Report on the bubonic plague in Bombay, 1896-1897
Year: 1896
Disease focus: Plague
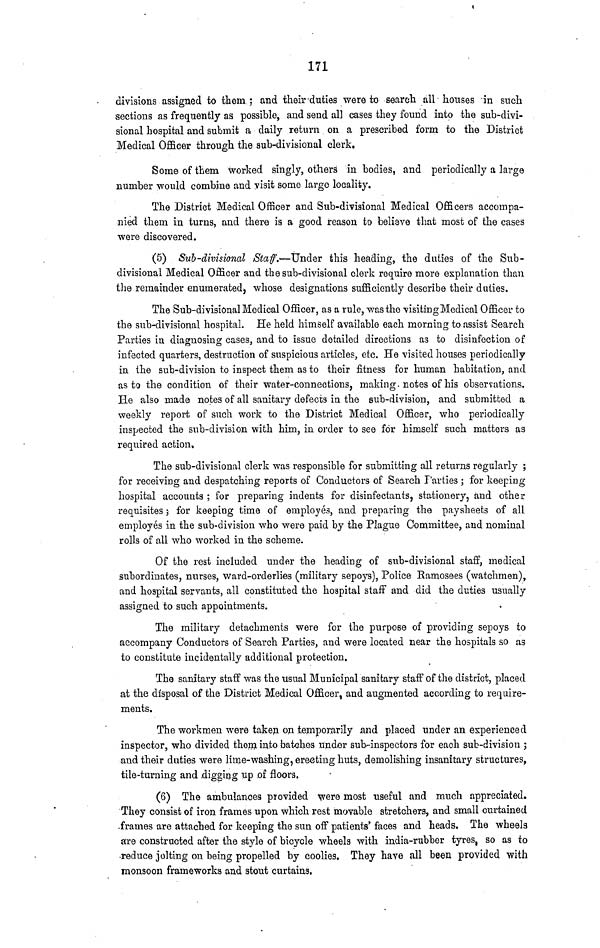
171
divisions assigned to them; and their-duties were to search all-houses in such
sections as frequently as possible, and send all cases they found into the sub-divi-
sional hospital and submit a daily return on a prescribed form to the District
Medical Officer through the sub-divisional clerk.
Some of them worked singly, others in bodies, and periodically a large
number would combine and visit some large locality.
The District Medical Officer and Sub-divisional Medical Officers accompa-
nied them in turns, and there is a good reason to believe that most of the cases
were discovered.
(5) Sub-divisional Staff.-—Under this heading, the duties of the Sub-
divisional Medical Officer and the sub-divisional clerk require more explanation than
the remainder enumerated, whose designations sufficiently describe their duties.
The Sub-divisional Medical Officer, as a rule, was the visiting Medical Officer to
the sub-divisional hospital. He held himself available each morning to assist Search
Parties in diagnosing cases, and to issue detailed directions as to disinfection of
infected quarters, destruction of suspicious articles, etc. He visited houses periodically
in the sub-division to inspect them as to their fitness for human habitation, and
as to the condition of their water-connections, making. notes of his observations.
He also made notes of all sanitary defects in the sub-division, and submitted a
weekly report of such work to the District Medical Officer, who periodically
inspected the sub-division with him, in order to see for himself such matters as
required action.
The sub-divisional clerk was responsible for submitting all returns regularly ;
for receiving and despatching reports of Conductors of Search Parties ; for keeping
hospital accounts ; for preparing indents for disinfectants, stationery, and other
requisites ; for keeping time of employes, and preparing the paysheets of all
employés in the sub-division who were paid by the Plague Committee, and nominal
rolls of all who worked in the scheme.
Of the rest included under the heading of sub-divisional staff, medical
subordinates, nurses, ward-orderlies (military sepoys), Police Ramosees (watchmen),
and hospital servants, all constituted the hospital staff and did the duties usually
assigned to such appointments.
The military detachments were for the purpose of providing sepoys to
accompany Conductors of Search Parties, and were located near the hospitals so as
to constitute incidentally additional protection.
The sanitary staff was the usual Municipal sanitary staff of the district, placed
at the disposal of the District Medical Officer, and augmented according to require-
ments.
The workmen were taken on temporarily and placed under an experienced
inspector, who divided them into batches under sub-inspectors for each sub-division ;
and their duties were lime-washing, erecting huts, demolishing insanitary structures,
tile-turning and digging up of floors.
(6) The ambulances provided were most useful and much appreciated.
They consist of iron frames upon which rest movable stretchers, and small curtained
frames are attached for keeping the sun off patients' faces and heads. The wheels
are constructed after the style of bicycle wheels with india-rubber tyres, so as to
reduce jolting on being propelled by coolies. They have all been provided with
monsoon frameworks and stout curtains.